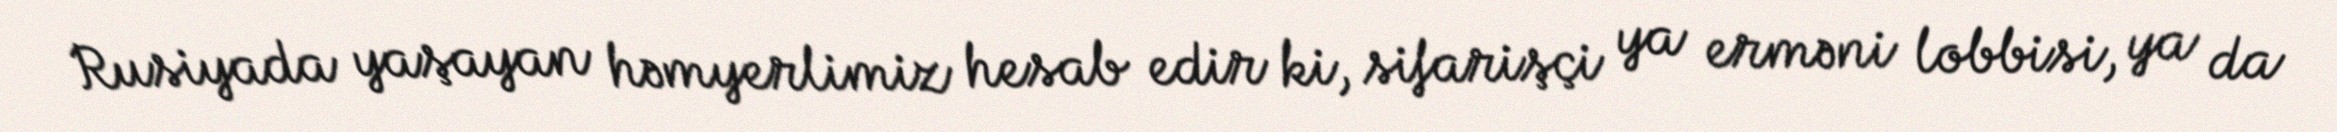
Rusiyada yaşayan həmyerlimiz hesab edir ki, sifarişçi ya erməni lobbisi, ya da